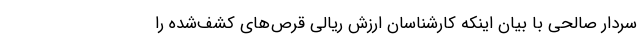
سردار صالحی با بیان اینکه کارشناسان ارزش ریالی قرص‌های کشف‌شده را